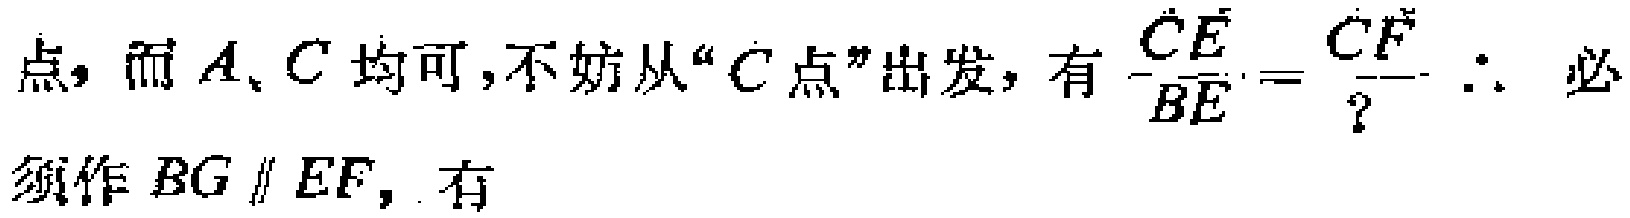
点, 而 \(A、C\) 均可,不妨从“\(C\)点”出发, 有 \(\frac{CE}{BE}=\frac{CF}{?}\) \(\therefore\) 必须作 \(BG \parallel EF\), 有